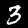
Label: 3